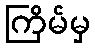
ကြိမ်မှ